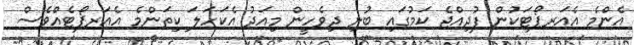
އެންމެ އެއަރޕޯޓަކުން ފުދިއްޖެ ކަމުގައި ބުނި ދިވެހީން މިއަދު އެކަހަލަ ކިތަންމެ އެއަރޕޯޓެއްވެސް